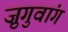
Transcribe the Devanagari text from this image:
ज़ुगुवांग